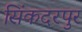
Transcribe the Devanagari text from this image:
सिंकदरपुर